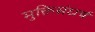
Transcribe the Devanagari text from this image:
मुक्तिसंघर्ष